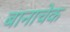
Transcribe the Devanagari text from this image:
बानाचेक